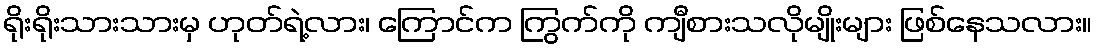
ရိုးရိုးသားသားမှ ဟုတ်ရဲ့လား၊ ကြောင်က ကြွက်ကို ကျီစားသလိုမျိုးများ ဖြစ်နေသလား။